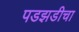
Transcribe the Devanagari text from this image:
पडझडीचा